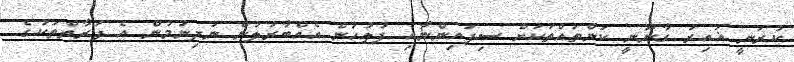
ކުރަނީ ޣައިރު ގާނޫނީ ކަންތައްތަކަށް ސިފައިންނާއި ފުލުހުން އެއްބާރުލުން ނުދިނުމުން އެ ފަރާތްތަކުގެ